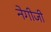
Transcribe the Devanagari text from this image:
नेगीजी